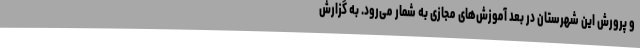
و پرورش این شهرستان در بعد آموزش‌های مجازی به شمار می‌رود. به گزارش